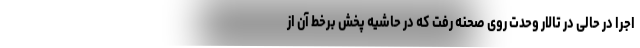
اجرا در حالی در تالار وحدت روی صحنه رفت که در حاشیه پخش برخط آن از